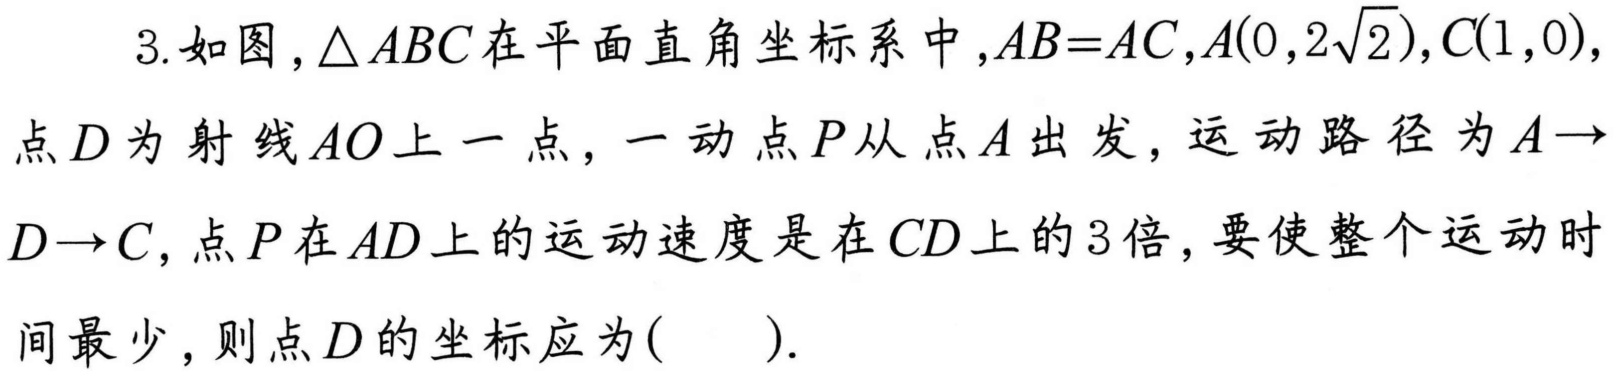
3. 如图，$\triangle ABC$在平面直角坐标系中，$AB = AC$，$A(0,2\sqrt{2})$，$C(1,0)$，点$D$为射线$AO$上一点，一动点$P$从点$A$出发，运动路径为$A \to D \to C$，点$P$在$AD$上的运动速度是在$CD$上的$3$倍，要使整个运动时间最少，则点$D$的坐标应为( ).